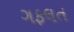
ગફલત